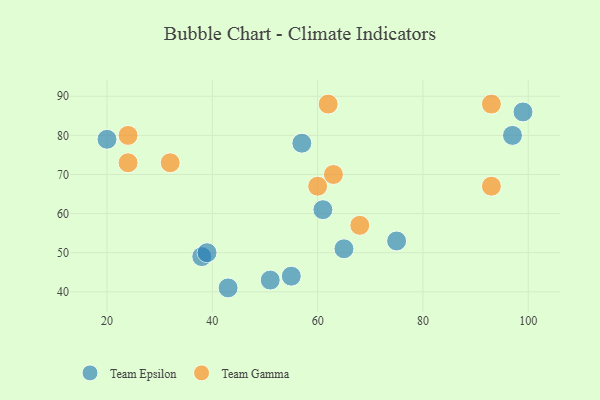
{"axis": {"x": "GDP", "y": "Life Expectancy"}, "legend": ["Team Epsilon", "Team Gamma"], "data": [{"x": "55", "y": 44, "type": "Team Epsilon"}, {"x": "99", "y": 86, "type": "Team Epsilon"}, {"x": "38", "y": 49, "type": "Team Epsilon"}, {"x": "39", "y": 50, "type": "Team Epsilon"}, {"x": "65", "y": 51, "type": "Team Epsilon"}, {"x": "20", "y": 79, "type": "Team Epsilon"}, {"x": "51", "y": 43, "type": "Team Epsilon"}, {"x": "43", "y": 41, "type": "Team Epsilon"}, {"x": "57", "y": 78, "type": "Team Epsilon"}, {"x": "61", "y": 61, "type": "Team Epsilon"}, {"x": "75", "y": 53, "type": "Team Epsilon"}, {"x": "97", "y": 80, "type": "Team Epsilon"}, {"x": "32", "y": 73, "type": "Team Gamma"}, {"x": "63", "y": 70, "type": "Team Gamma"}, {"x": "24", "y": 80, "type": "Team Gamma"}, {"x": "93", "y": 67, "type": "Team Gamma"}, {"x": "60", "y": 67, "type": "Team Gamma"}, {"x": "93", "y": 88, "type": "Team Gamma"}, {"x": "68", "y": 57, "type": "Team Gamma"}, {"x": "24", "y": 73, "type": "Team Gamma"}, {"x": "62", "y": 88, "type": "Team Gamma"}]}